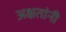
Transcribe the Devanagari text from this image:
अक्षतांनी